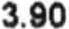
3.90